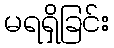
မရရှိခြင်း